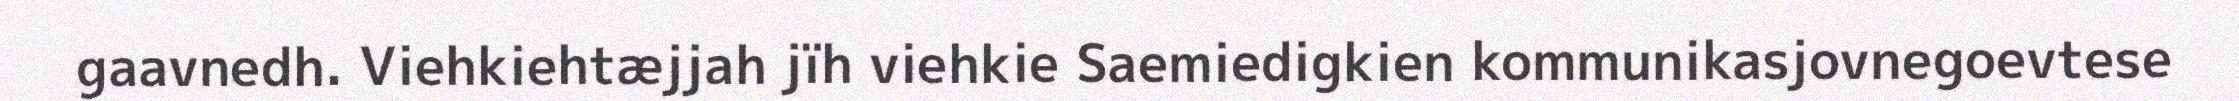
gaavnedh. Viehkiehtæjjah jïh viehkie Saemiedigkien kommunikasjovnegoevtese